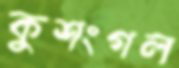
কুশংগল